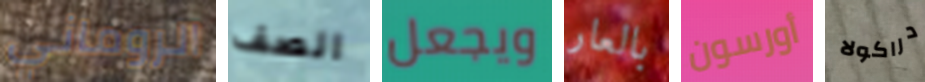
الروماني الصف ويجعل بالعار أورسون دراكولا